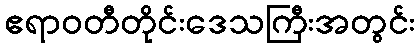
ဧရာဝတီတိုင်းဒေသကြီးအတွင်း